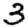
Digit: 3